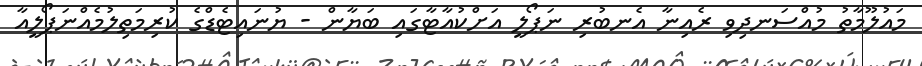
މައުލޫމާތު މުއްސަނދިވި ރެއިނާ އެނބުރި ނަޕޯލީ އަށްކުއާޓާގައި ބަޔާން - ޔުނައިޓެޑްގެ ކުރިމަތިލުމެއްނަޕޯލީއާ